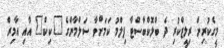
މީގެކުރިން ރިލީޒްކުރި ދެ ބްލޮކްބާސްޓާ ފިލްމު ކަމަށްވާ ސަލްމާންގެ "ކިކް" އާއި އާމިރް